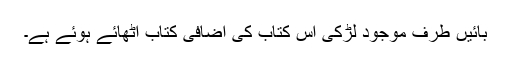
بائیں طرف موجود لڑکی اس کتاب کی اضافی کتاب اُٹھائے ہوئے ہے۔